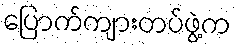
ပြောက်ကျားတပ်ဖွဲ့က